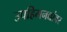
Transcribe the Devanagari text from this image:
उपहिमनद्यांवर